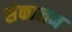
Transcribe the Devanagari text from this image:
संकालन